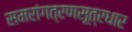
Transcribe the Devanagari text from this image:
समरांगत्रणसूत्रधार